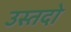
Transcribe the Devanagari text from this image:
उस्तदो